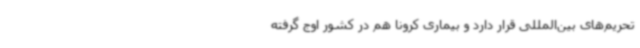
تحریم‌های بین‌المللی قرار دارد و بیماری کرونا هم در کشور اوج گرفته